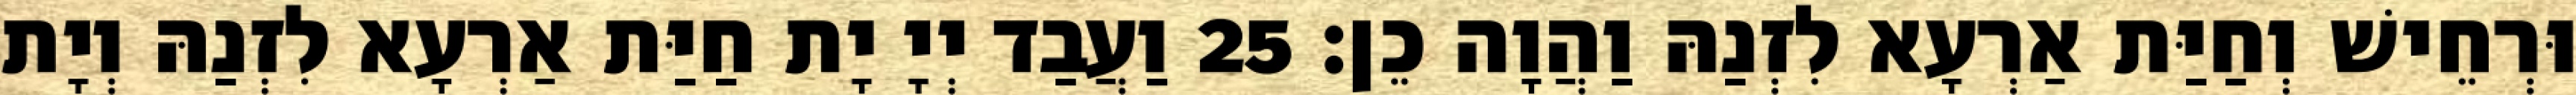
וּרְחֵישׁ וְחַיַּת אַרְעָא לִזְנַהּ וַהֲוָה כֵן׃ 25 וַעֲבַד יְיָ יָת חַיַּת אַרְעָא לִזְנַהּ וְיָת